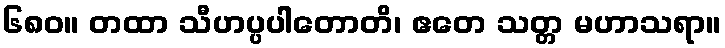
၆၈၀။ တထာ သီဟပ္ပပါတောတိ၊ ဧတေ သတ္တ မဟာသရာ။